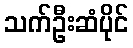
သက်ဦးဆံပိုင်